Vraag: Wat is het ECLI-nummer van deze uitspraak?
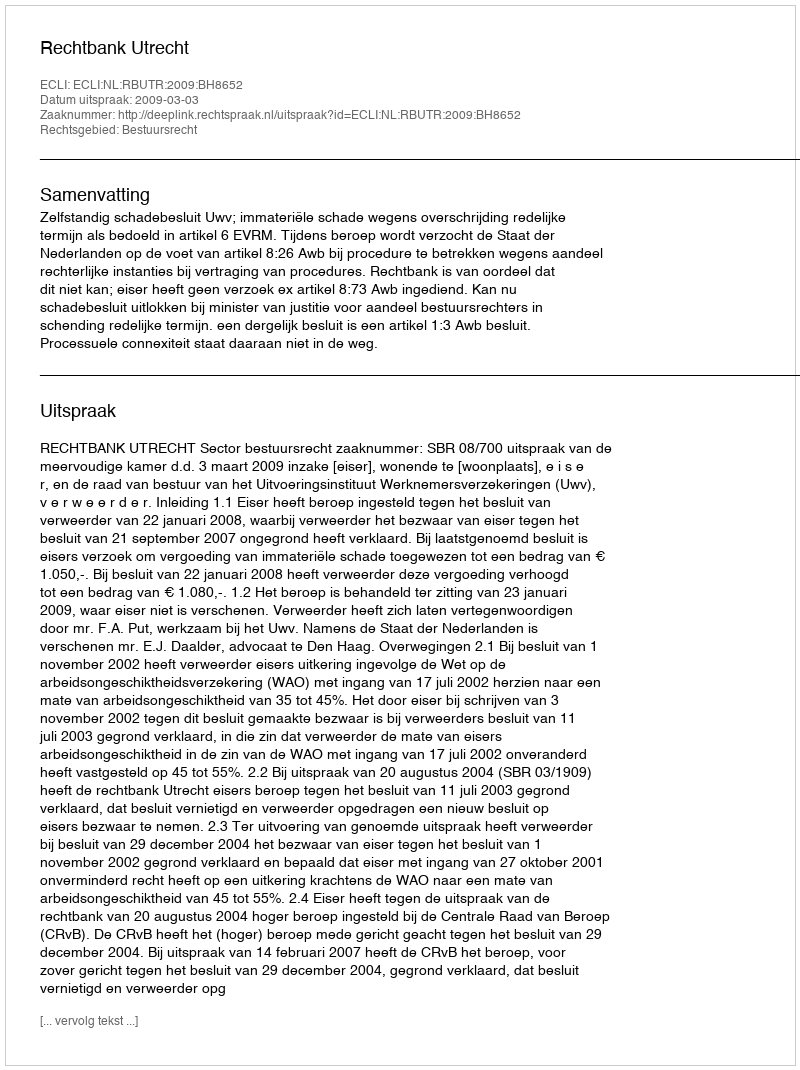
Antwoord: ECLI:NL:RBUTR:2009:BH8652